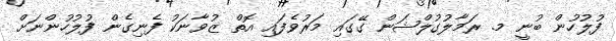
ފުލުހުން ބުނީ މ. ރަމާލުގުލްޝަން ގޭގައި މަރުވެފައި އޮތް ޒުވާނަކު ފެނިގެން ފުލުހުންނަށް